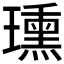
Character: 𤪠